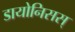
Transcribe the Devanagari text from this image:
डायोनिसस्